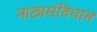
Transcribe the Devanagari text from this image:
नाट्यसंविधान